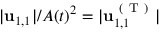
\vert \mathbf { u } _ { 1 , 1 } \vert / A ( t ) ^ { 2 } = \vert \mathbf { u } _ { 1 , 1 } ^ { \mathrm { ~ ( ~ T ~ ) ~ } } \vert